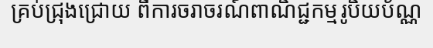
គ្រប់ជ្រុងជ្រោយ ពីការចរាចរណ៍ពាណិជ្ជកម្មរូបិយប័ណ្ណ